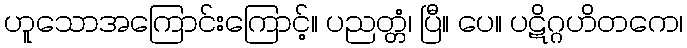
ဟူသောအကြောင်းကြောင့်။ ပညတ္တံ၊ ပြီ။ ပေ။ ပဋိဂ္ဂဟိတကေ၊